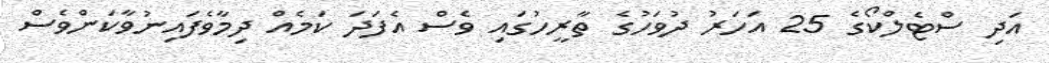
އަދި ސްޓެލްކޯގެ 25 އަހަރު ދުވަހުގެ ތާރީހުގައި ވެސް އެފަދަ ކަމެއް ދިމާވެފައިނުވާކަންވެސް